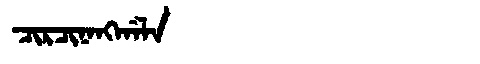
Manchu: ᠴᡳᡵᠴᡳᠨᠠᠩᡤᠠᠯᠠ
Romanization: CIRCINANGGALA